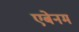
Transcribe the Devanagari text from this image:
एबेनम